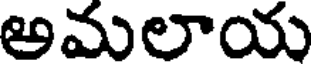
అమలాయ